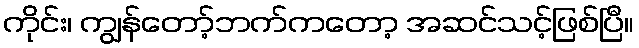
ကိုင်း၊ ကျွန်တော့်ဘက်ကတော့ အဆင်သင့်ဖြစ်ပြီ။